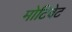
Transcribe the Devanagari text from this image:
मोटिवेट